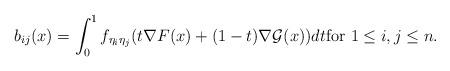
LaTeX: \begin{align*} b_{ij} ( x ) = \int_0^1 f_{ \eta_i \eta_j } ( t \nabla F (x) + ( 1 - t ) \nabla\mathcal{G} (x) ) dt \mbox{for}\, \, 1 \leq i, j \leq n. \end{align*}